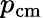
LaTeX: p_{{\mathrm{cm}}}